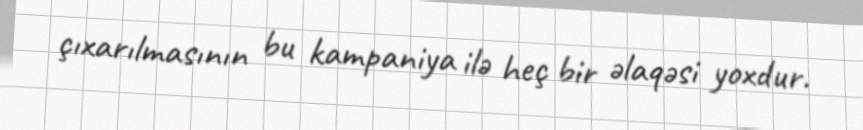
çıxarılmasının bu kampaniya ilə heç bir əlaqəsi yoxdur.